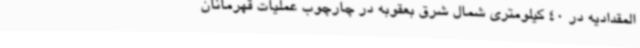
المقدادیه در 40 کیلومتری شمال شرق بعقوبه در چارچوب عملیات قهرمانان